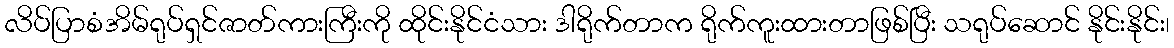
လိပ်ပြာစံအိမ်ရုပ်ရှင်ဇာတ်ကားကြီးကို ထိုင်းနိုင်ငံသား ဒါရိုက်တာက ရိုက်ကူးထားတာဖြစ်ပြီး သရုပ်ဆောင် နိုင်းနိုင်း၊